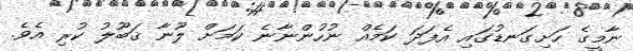
ނާމީގެ ހަށިގަނޑުގައި އެފަދަ ކަމެއް ނުހުންނާނެ ކަމަށް ލޫނާ ޤަބޫލު ކުރި އެވެ.